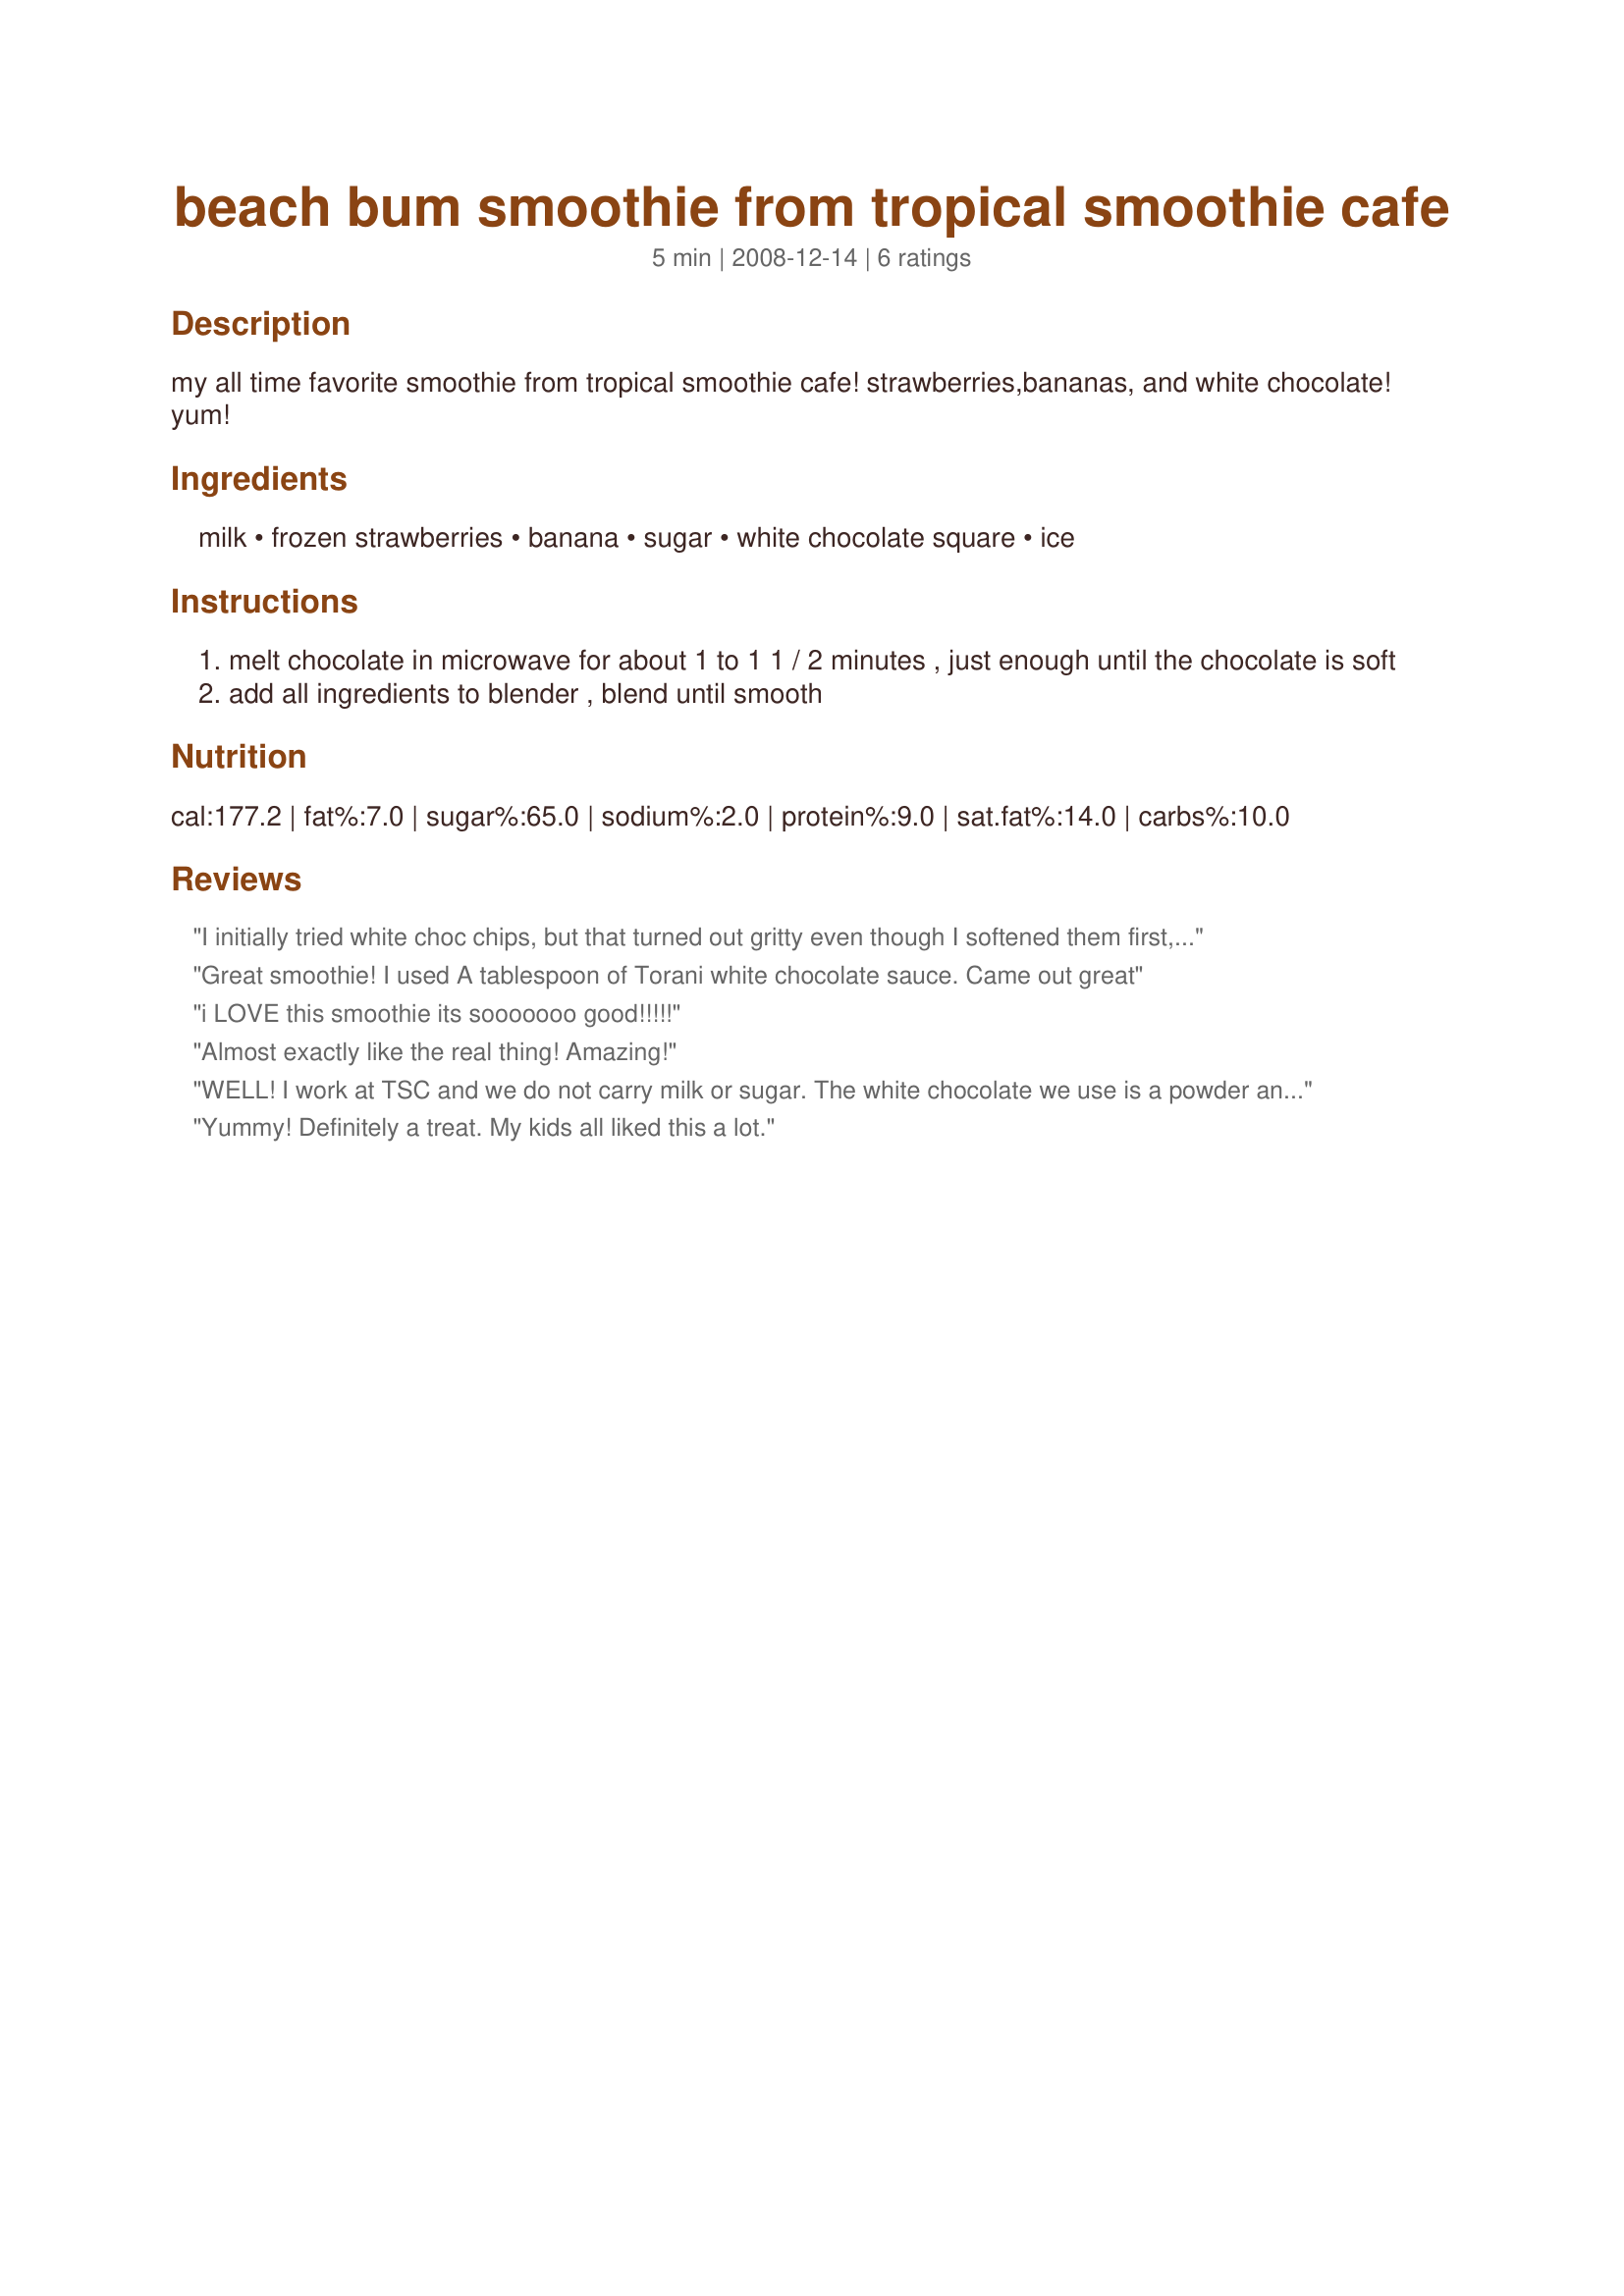
beach bum smoothie from tropical smoothie cafe
Preparation time: 5 minutes

my all time favorite smoothie from tropical smoothie cafe!
strawberries,bananas, and white chocolate! yum!

Ingredients:
milk, frozen strawberries, banana, sugar, white chocolate square, ice

Steps:
melt chocolate in microwave for about 1 to 1 1 / 2 minutes , just enough until the chocolate is soft
add all ingredients to blender , blend until smooth

Reviews:
I initially tried white choc chips, but that turned out gritty even though I softened them first, once it hit the cold smoothie it hardened again. My local store didnt have white chocolate powder and I am not about to pay $15 a can online so I used Hershey&#039;s white chocolate instant pudding mix...(it was $1) It was a nice alternative. Tasted good too.
Great smoothie! I used A tablespoon of Torani white chocolate sauce. Came out great
i LOVE this smoothie its sooooooo good!!!!!
Almost exactly like the real thing! Amazing!
WELL! I work at TSC and we do not carry milk or sugar. The white chocolate we use is a powder and no milk or other substitute is added. For a sweetener, we use the natural sweetener, Turbinado, or Splenda when specified. Try it!
Yummy! Definitely a treat. My kids all liked this a lot.
